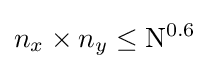
n_{x}\times n_{y}\leq \mathrm {N} ^{0.6}